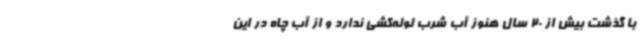
با گذشت بیش از 20 سال هنوز آب شرب لوله‌کشی ندارد و از آب چاه در این